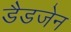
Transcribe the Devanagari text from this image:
डैडजेन